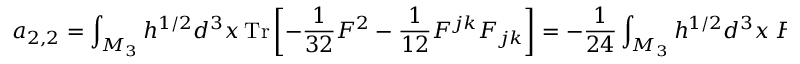
a _ { 2 , 2 } = \int _ { { \cal M } _ { 3 } } h ^ { 1 / 2 } d ^ { 3 } x ~ \mathrm { T r } \left[ - { \frac { 1 } { 3 2 } } F ^ { 2 } - { \frac { 1 } { 1 2 } } F ^ { j k } F _ { j k } \right] = - { \frac { 1 } { 2 4 } } \int _ { { \cal M } _ { 3 } } h ^ { 1 / 2 } d ^ { 3 } x ~ F ^ { j k } F _ { j k }